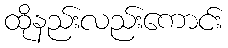
ထိုနည်းလည်းကောင်း